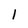
Character: l